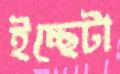
ইচ্ছেটা